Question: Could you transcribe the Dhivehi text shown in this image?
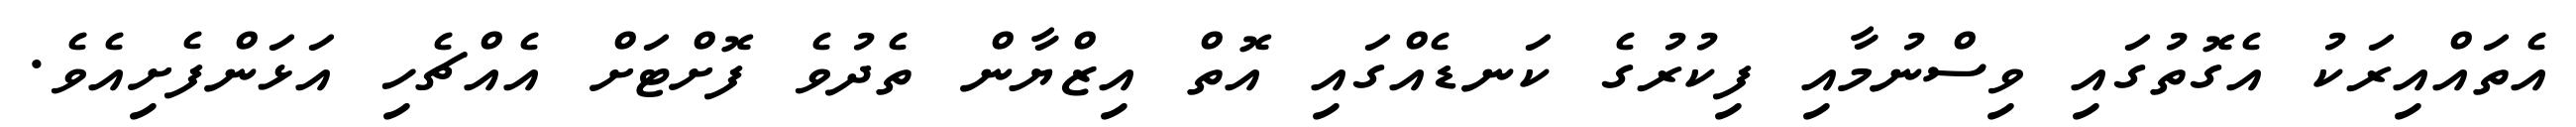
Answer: އެތައްއިރަކު އެގޮތުގައި ވިސްނުމާއި ފިކުރުގެ ކަނޑެއްގައި އޮތް އިޒްޔާން ތެދުވެ ފޮށްޓަށް އެއްޗެހި އަޅަންފެށިއެވެ.